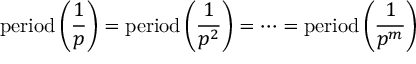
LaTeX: { \mathrm { p e r i o d } } \left( { \frac { 1 } { p } } \right) = { \mathrm { p e r i o d } } \left( { \frac { 1 } { p ^ { 2 } } } \right) = \cdots = { \mathrm { p e r i o d } } \left( { \frac { 1 } { p ^ { m } } } \right)